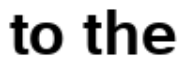
to the